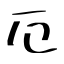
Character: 厄